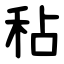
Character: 秥